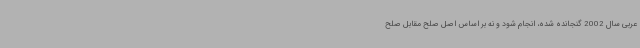
عربی سال 2002 گنجانده شده، انجام شود و نه بر اساس اصل صلح مقابل صلح